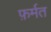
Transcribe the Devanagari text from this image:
फ़र्मत